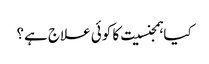
کیا ہمجنسیت کا کوئی علاج ہے؟